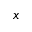
x